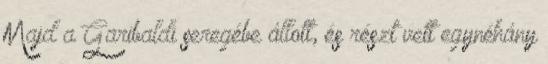
Majd a Garibaldi seregébe állott, és részt vett egynéhány